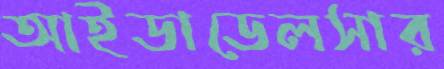
আইডাডেলসার